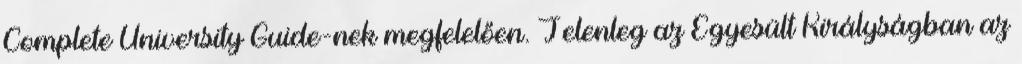
Complete University Guide-nek megfelelően. Jelenleg az Egyesült Királyságban az